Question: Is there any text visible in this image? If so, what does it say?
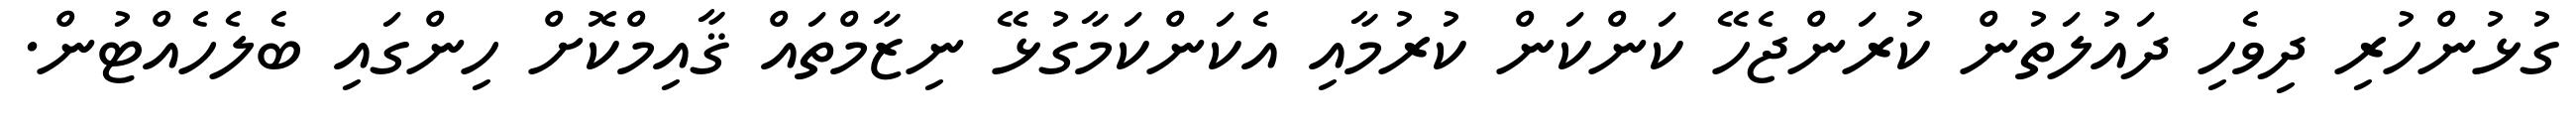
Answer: ގުޅުންހުރި ދިވެހި ދައުލަތުން ކުރަންޖެހޭ ކަންކަން ކުރުމާއި އެކަންކަމާގުޅޭ ނިޒާމްތައް ޤާއިމްކޮށް ހިންގައި ބެލެހެއްޓުން.